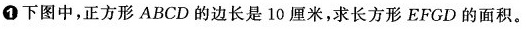
1 下图中，正方形ABCD的边长是10厘米，求长方形EFGD的面积。